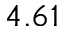
4 . 6 1